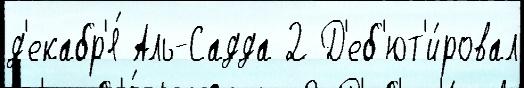
д'екабр'я́ Аль-Садда 2 Д'еб'ют'и́ровал